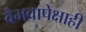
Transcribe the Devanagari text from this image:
वैभवापेक्षाही